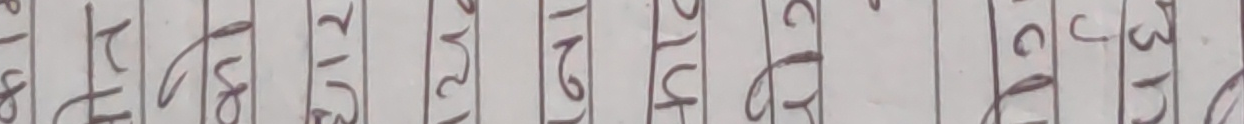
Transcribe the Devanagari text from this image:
१८ १५० १५२ १५४ १५६ १५८ १६० १६२ १६४ १६५ १६७